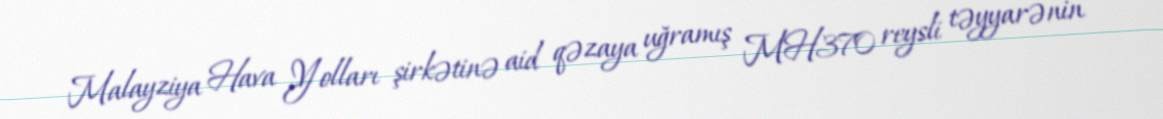
Malayziya Hava Yolları şirkətinə aid qəzaya uğramış MH370 reysli təyyarənin